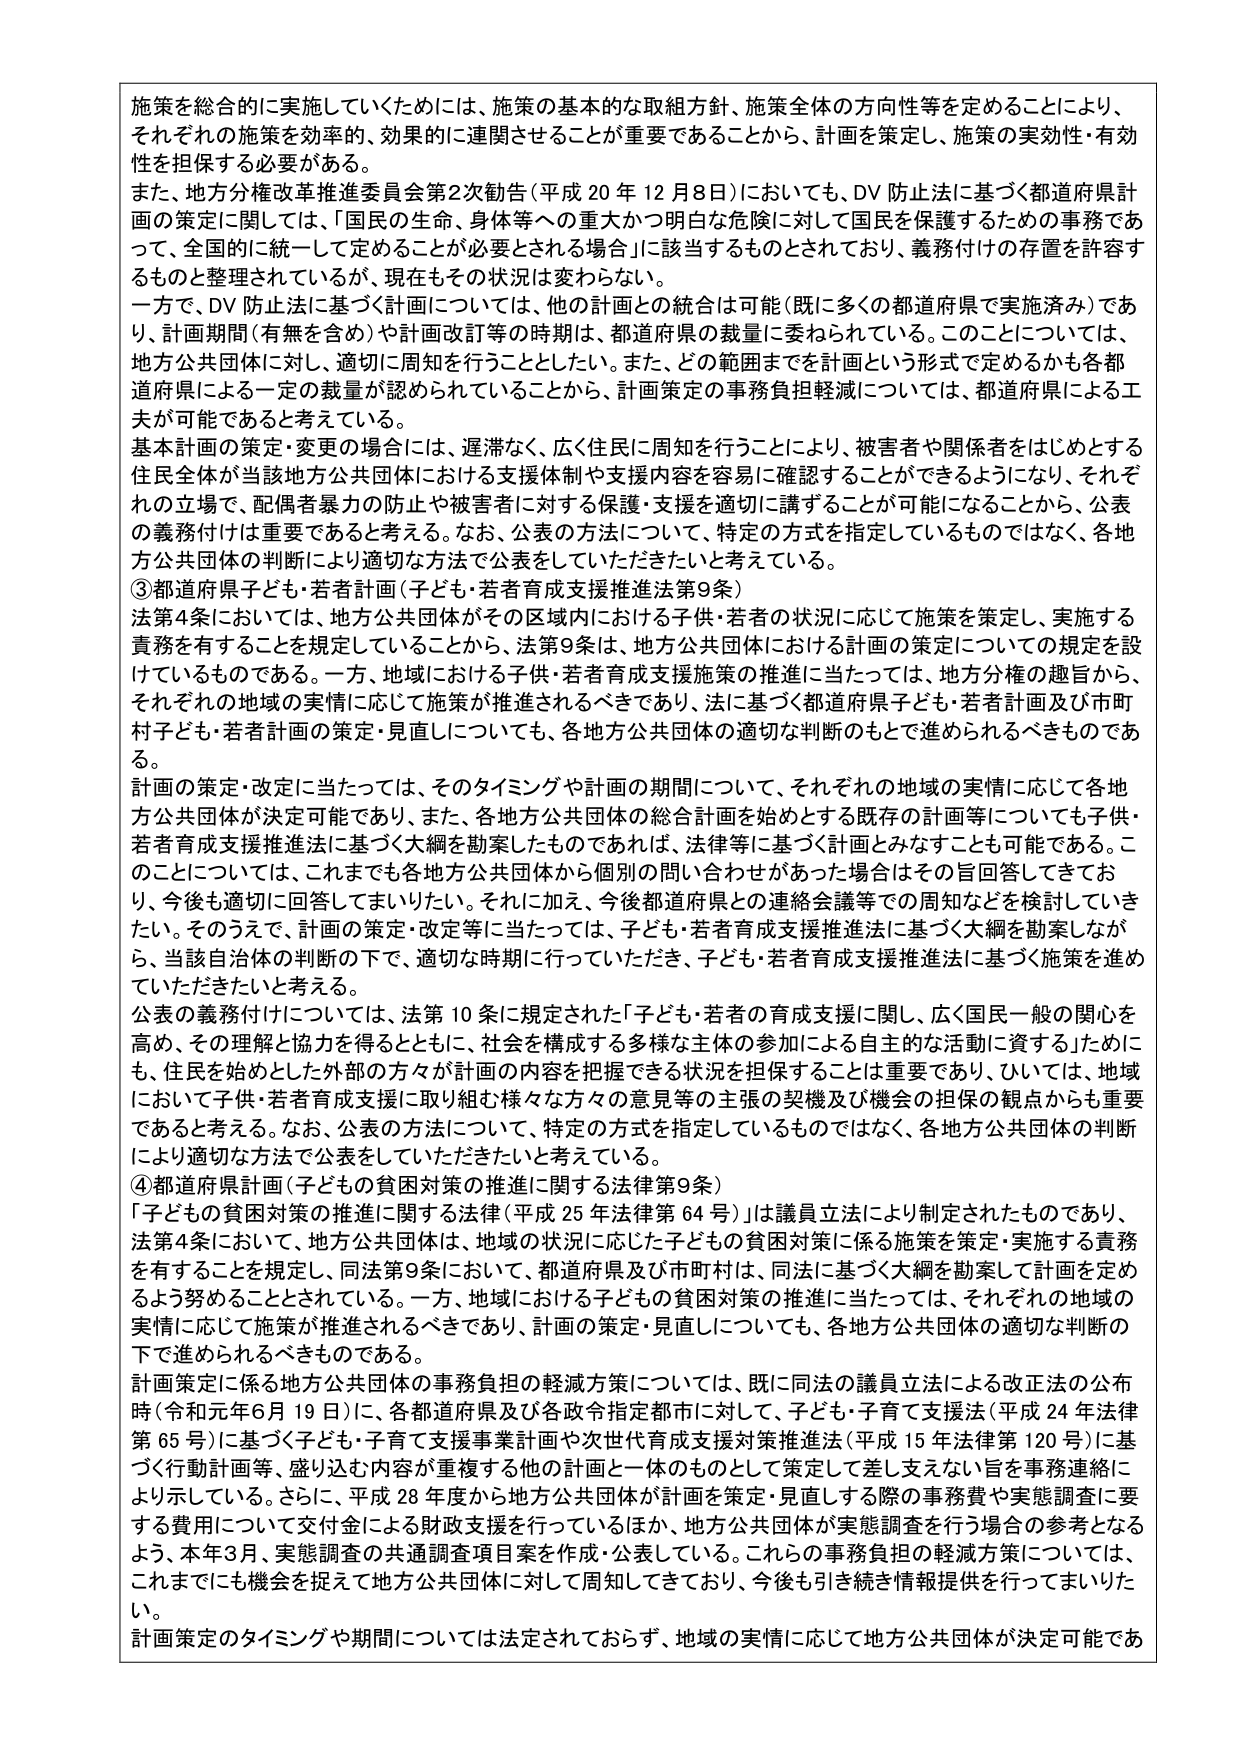
施策を総合的に実施していくためには、施策の基本的な取組方針、施策全体の方向性等を定めることにより、それぞれの施策を効率的、効果的に連関させることが重要であることから、計画を策定し、施策の実効性・有効性を担保する必要がある。

また、地方分権改革推進委員会第2次勧告（平成20年12月8日）においても、DV防止法に基づく都道府県計画の策定に関しては、「国民の生命、身体等への重大かつ明白な危険に対して国民を保護するための事務であって、全国的に統一して定めることが必要とされる場合」に該当するものとされており、義務付けの存置を容許するものと整理されているが、現在もその状況は変わらない。

一方で、DV防止法に基づく計画については、他の計画との統合は可能（既に多くの都道府県で実施済み）であり、計画期間（有無を含む）や計画改訂等の時期は、都道府県の裁量に委ねられている。このことについては、地方公共団体に対し、適切に周知を行うこととしたい。また、どの範囲までを計画という形式で定めるかも各都道府県による一定の裁量が認められていることから、計画策定の事務負担軽減については、都道府県による工夫が可能であると考えている。

基本計画の策定・変更の場合には、遅滞なく、広く住民に周知を行うことにより、被害者や関係者をはじめとする住民全体が当該地方公共団体における支援体制や支援内容を容易に確認することができるようになり、それぞれの立場で、配偶者暴力の防止や被害者に対する保護・支援を適切に講ずることが可能になることから、公表の義務付けは重要であると考える。なお、公表の方法について、特定の方式を指定しているものではなく、各地方公共団体の判断により適切な方法で公表をしていただきたいと考えている。

③都道府県子ども・若者計画（子ども・若者育成支援推進法第9条）

法第4条においては、地方公共団体がその区域内における子供・若者の状況に応じて施策を策定し、実施する責務を有することを規定していることから、法第9条は、地方公共団体における計画の策定についての規定を設けているものである。一方、地域における子供・若者育成支援施策の推進に当たっては、地方分権の趣旨から、それぞれの地域の実情に応じて施策が推進されるべきであり、法に基づく都道府県子ども・若者計画及び市町村子ども・若者計画の策定・見直しについても、各地方公共団体の適切な判断のもとで進められるべきものである。

計画の策定・改定に当たっては、そのタイミングや計画の期間について、それぞれの地域の実情に応じて各地方公共団体が決定可能であり、また、各地方公共団体の総合計画を始めとする既存の計画等についても子供・若者育成支援推進法に基づく大綱を勘案したものであれば、法律等に基づく計画とみなすことも可能である。このことについては、これまでも各地方公共団体から個別の問い合わせがあった場合はその旨回答してきており、今後も適切に回答してまいりたい。それに加え、今後都道府県との連絡会議等での周知などを検討していきたい。そのうえで、計画の策定・改定等に当たっては、子ども・若者育成支援推進法に基づく大綱を勘案しながら、当該自治体の判断の下で、適切な時期に行っていただき、子ども・若者育成支援推進法に基づく施策を進めていただきたいと考える。

公表の義務付けについては、法第10条に規定された「子ども・若者の育成支援に関し、広く国民一般の関心を高め、その理解と協力を得るとともに、社会を構成する多様な主体の参加による自主的な活動に資する」ためにも、住民を始めとした外部の方々が計画の内容を把握できる状況を担保することは重要であり、ひいては、地域において子供・若者育成支援に取り組む様々な方々の意見等の主張の契機及び機会の担保の観点からも重要であると考える。なお、公表の方法について、特定の方式を指定しているものではなく、各地方公共団体の判断により適切な方法で公表をしていただきたいと考えている。

④都道府県計画（子どもの貧困対策の推進に関する法律第9条）

「子どもの貧困対策の推進に関する法律（平成25年法律第64号）」は議員立法により制定されたものであり、法第4条において、地方公共団体は、地域の状況に応じた子どもの貧困対策に係る施策を策定・実施する責務を有することを規定し、同法第9条において、都道府県及び市町村は、同法に基づく大綱を勘案して計画を定めるよう努めることとされている。一方、地域における子どもの貧困対策の推進に当たっては、それぞれの地域の実情に応じて施策が推進されるべきであり、計画の策定・見直しについても、各地方公共団体の適切な判断の下で進められるべきものである。

計画策定に係る地方公共団体の事務負担の軽減方策については、既に同法の議員立法による改正法の公布時（令和元年6月19日）に、各都道府県及び各政令指定都市に対して、子ども・子育て支援法（平成24年法律第65号）に基づく子ども・子育て支援事業計画や次世代育成支援対策推進法（平成15年法律第120号）に基づく行動計画等、盛り込む内容が重複する他の計画と一体のものとして策定して差し支えない旨を事務連絡により示している。さらに、平成28年度から地方公共団体が計画を策定・見直しする際の事務費や実態調査に要する費用について交付金による財政支援を行っているほか、地方公共団体が実態調査を行う場合の参考となるよう、本年3月、実態調査の共通調査項目案を作成・公表している。これらの事務負担の軽減方策については、これまでにも機会を捉えて地方公共団体に対して周知してきており、今後も引き続き情報提供を行ってまいりたい。

計画策定のタイミングや期間については法定されておらず、地域の実情に応じて地方公共団体が決定可能である。